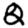
Digit: 2